Madras plague regulations and rules - Volume 2
Disease focus: Plague
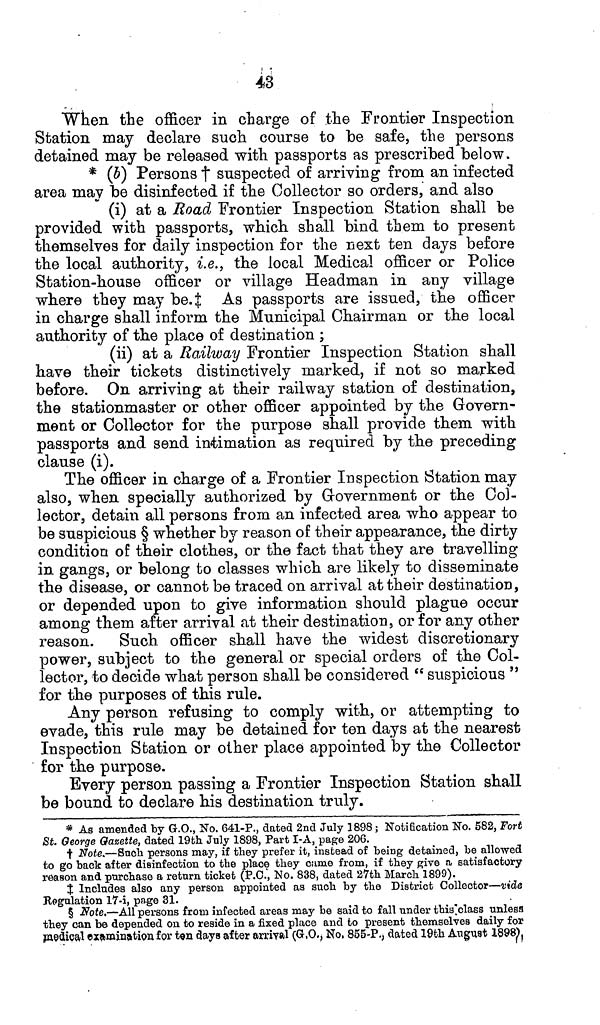
43
When the officer in charge of the Frontier Inspection
Station may declare such course to be safe, the persons
detained may be released with passports as prescribed below.
* (b) Persons † suspected of arriving from an infected
area may be disinfected if the Collector so orders, and also
(i) at a Road Frontier Inspection Station shall be
provided with passports, which shall bind them to present
themselves for daily inspection for the next ten days before
the local authority, i.e., the local Medical officer or Police
Station-house officer or village Headman in any village
where they may be.‡ As passports are issued, the officer
in charge shall inform the Municipal Chairman or the local
authority of the place of destination ;
(ii) at a Railway Frontier Inspection Station shall
have their tickets distinctively marked, if not so marked
before. On arriving at their railway station of destination,
the stationmaster or other officer appointed by the Govern-
ment or Collector for the purpose shall provide them with
passports and send intimation as required by the preceding
clause (i).
The officer in charge of a Frontier Inspection Station may
also, when specially authorized by Government or the Col-
lector, detain all persons from an infected area who appear to
be suspicious § whether by reason of their appearance, the dirty
condition of their clothes, or the fact that they are travelling
in gangs, or belong to classes which are likely to disseminate
the disease, or cannot be traced on arrival at their destination,
or depended upon to give information should plague occur
among them after arrival at their destination, or for any other
reason. Such officer shall have the widest discretionary
power, subject to the general or special orders of the Col-
lector, to decide what person shall be considered "suspicious"
for the purposes of this rule.
Any person refusing to comply with, or attempting to
evade, this rule may be detained for ten days at the nearest
Inspection Station or other place appointed by the Collector
for the purpose.
Every person passing a Frontier Inspection Station shall
be bound to declare his destination truly.
* As amended by G.O., No. 641-P., dated 2nd July 1898; Notification No. 582, Fore
St. George Gazette, dated 19th July 1898, Part I-A, page 206.
† Note.—Such persons may, if they prefer it, instead of being detained, be allowed
to go back after disinfection to the place they came from, if they give a satisfactory
reason and purchase a return ticket (P.O., No. 838, dated 27th March 1899).
‡ Includes also any person appointed as such by the District Collector—vide
Regulation 17-i, page 31.
§ Note.—All persons from infected areas may be said to fall under this class unless
they can be depended on to reside in a fixed place and to present themselves daily for
medical examination for ton days after arrival (G.O., No, 855-P., dated 19th August 1898)